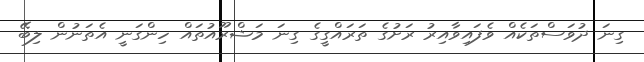
ގިނަ ދުވަސްތަކެއް ވެފައިވާއިރު ރަށުގެ ތަރައްގީގެ ގިނަ މަޝްރޫއުތައް ހިންގަނީ އެތަނުން ލިބޭ